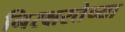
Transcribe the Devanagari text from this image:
निरक्षरतेच्या